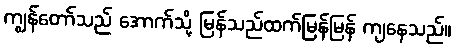
ကျွန်တော်သည် အောက်သို့ မြန်သည်ထက်မြန်မြန် ကျနေသည်။